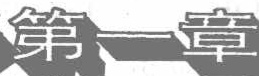
第一章